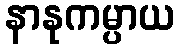
နာနုကမ္ပာယ